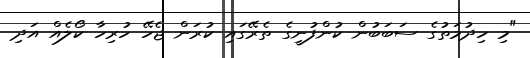
"މި ހިދުމަތުގެ ސަބަބުން ކުންފުނީގެ ތެރޭގައި ކުރަން ޖެހޭ ހުރިހާ ކޯލެއް އަދި